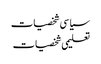
سیا سی شخصیات
تعلیمی شخصیات